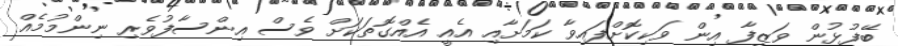
ބޭފުޅުން ވަޒީފާ އިން ވަކިކޮށްފައިވާ ކަމަށާއި އެއީ އެއްގޮތަކަށް ވެސް އިންސާފުވެރި ނިންމުމެއް